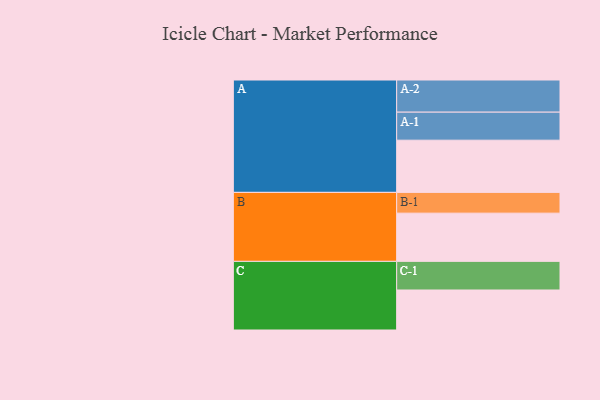
{"axis": {"x": "Segment", "y": "Value"}, "legend": ["", "A", "B", "C"], "data": [{"x": "A", "y": 445, "type": ""}, {"x": "B", "y": 411, "type": ""}, {"x": "C", "y": 341, "type": ""}, {"x": "A-1", "y": 239, "type": "A"}, {"x": "A-2", "y": 274, "type": "A"}, {"x": "B-1", "y": 177, "type": "B"}, {"x": "C-1", "y": 244, "type": "C"}]}